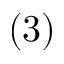
( 3 )